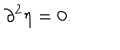
\partial ^ { 2 } \eta = 0 .